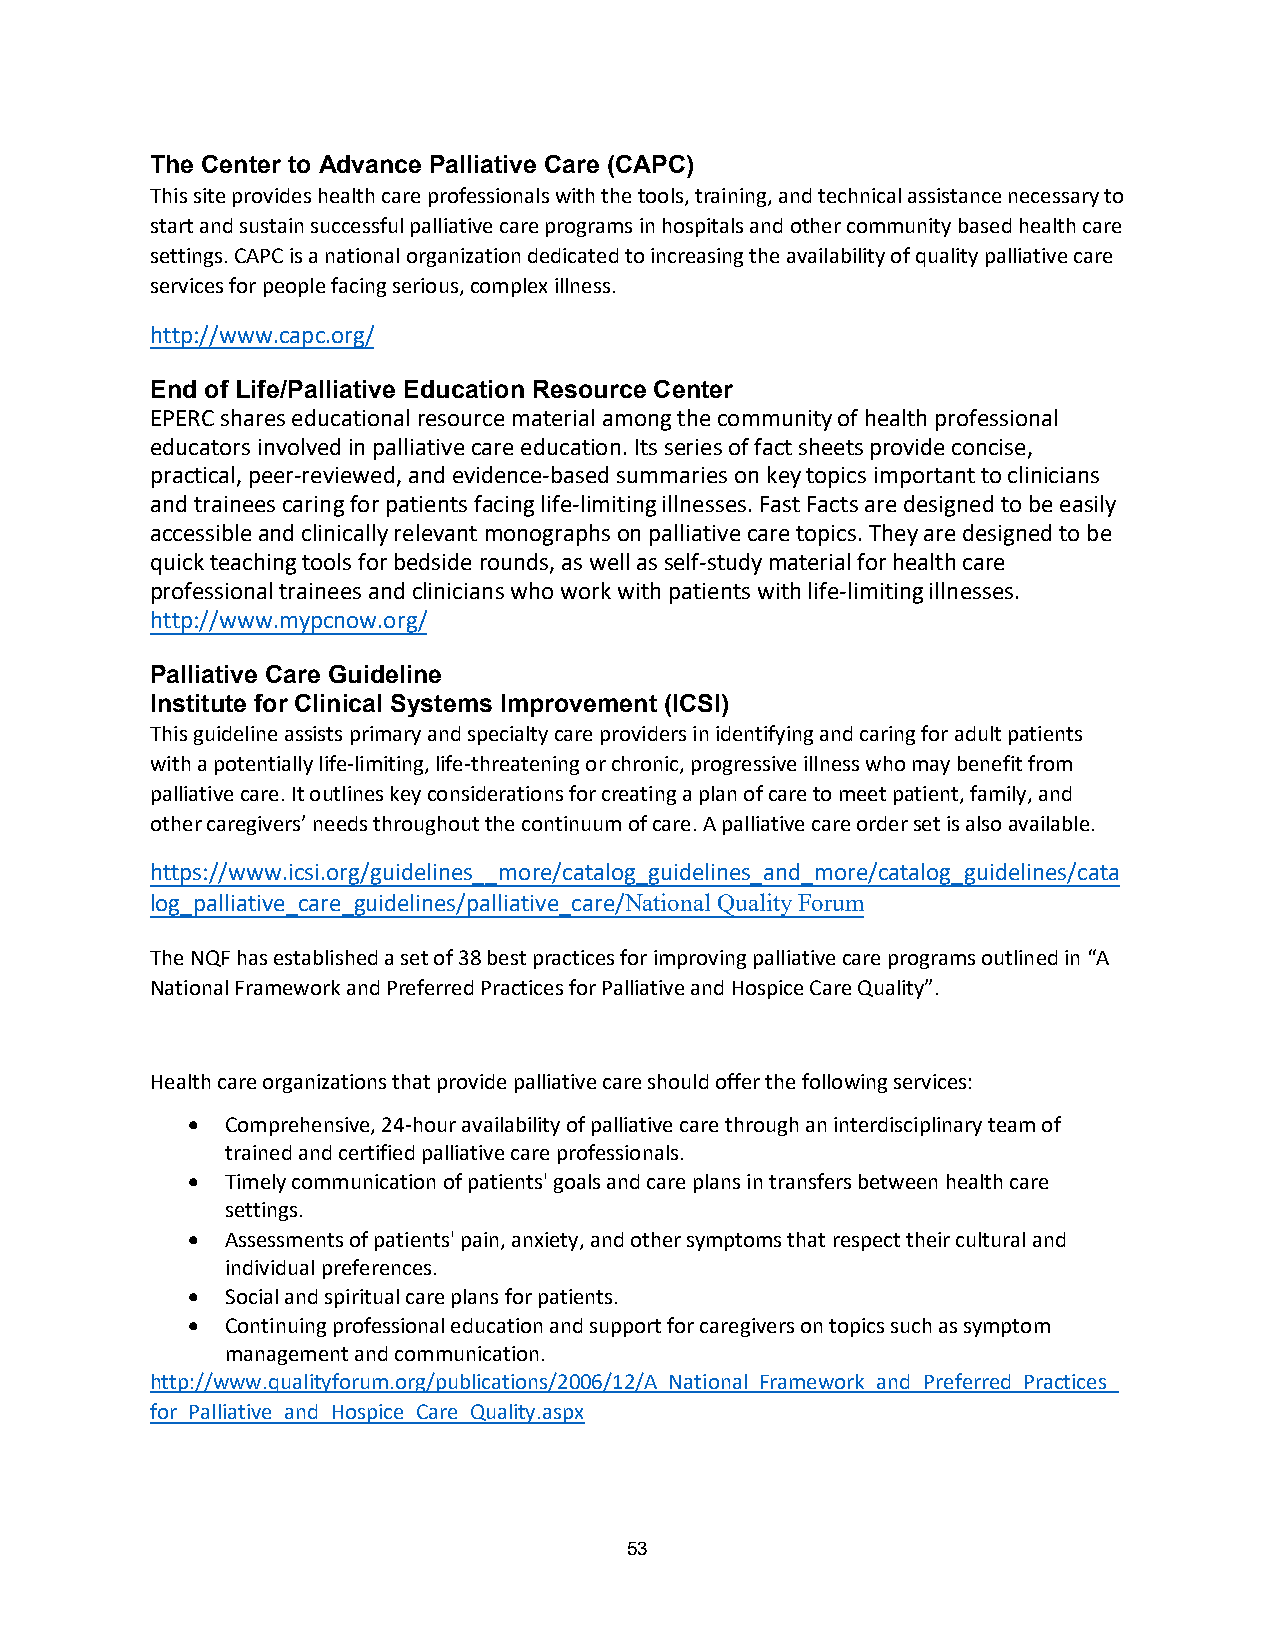
The Center to Advance Palliative Care (CAPC)
 This site provides health care professionals with the tools, training, and technical assistance necessary to
 start and sustain successful palliative care programs in hospitals and other community based health care
 settings. CAPC is a national organization dedicated to increasing the availability of quality palliative care
 services for people facing serious, complex illness.
 http://www.capc.org/
 End of Life/Palliative Education Resource Center
 EPERC shares educational resource material among the community of health professional
 educators involved in palliative care education. Its series of fact sheets provide concise,
 practical, peer-reviewed, and evidence-based summaries on key topics important to clinicians
 and trainees caring for patients facing life-limiting illnesses. Fast Facts are designed to be easily
 accessible and clinically relevant monographs on palliative care topics. They are designed to be
 quick teaching tools for bedside rounds, as well as self-study material for health care
 professional trainees and clinicians who work with patients with life-limiting illnesses.
 http://www.mypcnow.org/
 Palliative Care Guideline
 Institute for Clinical Systems Improvement (ICSI)
 This guideline assists primary and specialty care providers in identifying and caring for adult patients
 with a potentially life-limiting, life-threatening or chronic, progressive illness who may benefit from
 palliative care. It outlines key considerations for creating a plan of care to meet patient, family, and
 other caregivers’ needs throughout the continuum of care. A palliative care order set is also available.
 https://www.icsi.org/guidelines__more/catalog_guidelines_and_more/catalog_guidelines/cata
 log_palliative_care_guidelines/palliative_care/National Quality Forum
 The NQF has established a set of 38 best practices for improving palliative care programs outlined in “A
 National Framework and Preferred Practices for Palliative and Hospice Care Quality”.
 Health care organizations that provide palliative care should offer the following services:
 •  Comprehensive, 24-hour availability of palliative care through an interdisciplinary team of
 trained and certified palliative care professionals.
 •  Timely communication of patients' goals and care plans in transfers between health care
 settings.
 •  Assessments of patients' pain, anxiety, and other symptoms that respect their cultural and
 individual preferences.
 •  Social and spiritual care plans for patients.
 •  Continuing professional education and support for caregivers on topics such as symptom
 management and communication.
 http://www.qualityforum.org/publications/2006/12/A_National_Framework_and_Preferred_Practices_
 for_Palliative_and_Hospice_Care_Quality.aspx
 53